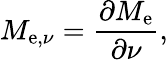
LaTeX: M_{\mathrm{e},\nu}={\frac{\partial M_{\mathrm{e}}}{\partial\nu}},